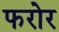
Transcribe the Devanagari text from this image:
फरोर